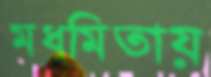
মধুমিতায়